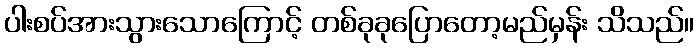
ပါးစပ်အားသွားသောကြောင့် တစ်ခုခုပြောတော့မည်မှန်း သိသည်။